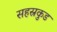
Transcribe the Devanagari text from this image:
सहस्रकुड